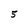
Character: 5